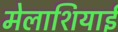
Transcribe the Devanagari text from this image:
मेलाशियाई